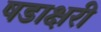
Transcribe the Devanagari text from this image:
षडाक्षरी